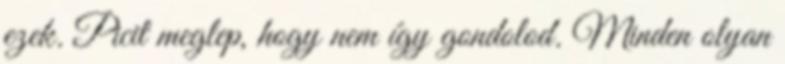
ezek. Picit meglep, hogy nem így gondolod. Minden olyan